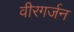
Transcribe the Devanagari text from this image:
वीरगर्जन